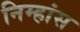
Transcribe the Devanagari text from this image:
निम्हांस